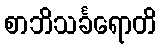
စာဘိသင်္ခရောတိ